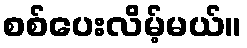
စစ်ပေးလိမ့်မယ်။